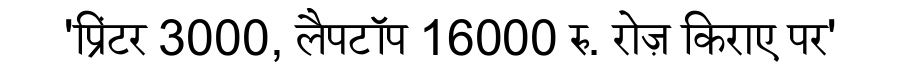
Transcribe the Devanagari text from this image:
'प्रिंटर 3000, लैपटॉप 16000 रु. रोज़ किराए पर'